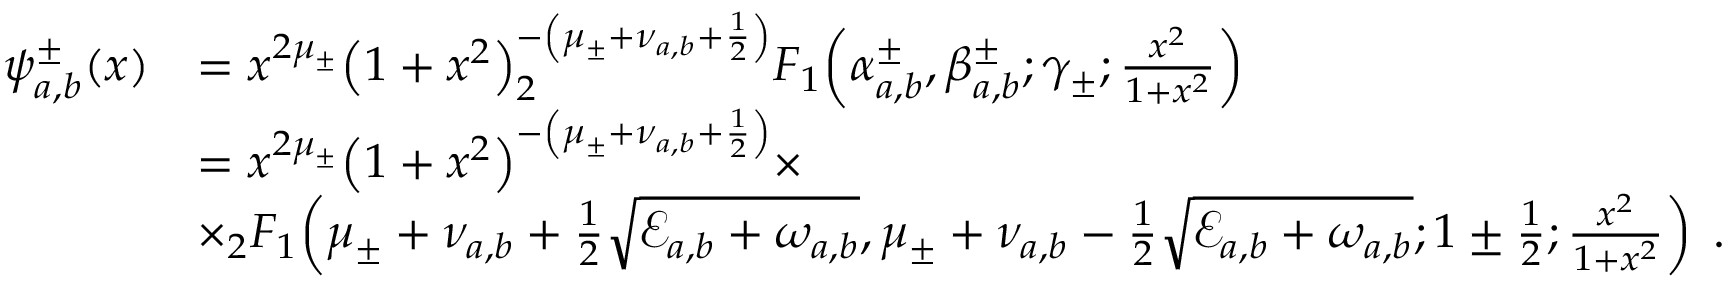
\begin{array} { r l } { \psi _ { a , b } ^ { \pm } ( x ) } & { = x ^ { 2 \mu _ { \pm } } { \left( 1 + x ^ { 2 } \right) } ^ { - \left( \mu _ { \pm } + \nu _ { a , b } + \frac { 1 } { 2 } \right) } _ { 2 } F _ { 1 } \! \left( \alpha _ { a , b } ^ { \pm } , \beta _ { a , b } ^ { \pm } ; \gamma _ { \pm } ; \frac { x ^ { 2 } } { 1 + x ^ { 2 } } \right) } \\ & { = x ^ { 2 \mu _ { \pm } } { \left( 1 + x ^ { 2 } \right) } ^ { - \left( \mu _ { \pm } + \nu _ { a , b } + \frac { 1 } { 2 } \right) } \times } \\ & { \times _ { 2 } F _ { 1 } \! \left( \mu _ { \pm } + \nu _ { a , b } + \frac { 1 } { 2 } \sqrt { \mathcal { E } _ { a , b } + \omega _ { a , b } } , \mu _ { \pm } + \nu _ { a , b } - \frac { 1 } { 2 } \sqrt { \mathcal { E } _ { a , b } + \omega _ { a , b } } ; 1 \pm \frac { 1 } { 2 } ; \frac { x ^ { 2 } } { 1 + x ^ { 2 } } \right) \; . } \end{array}